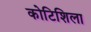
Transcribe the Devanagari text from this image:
कोटिशिला